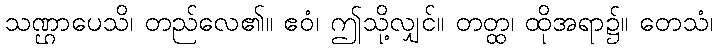
သဏ္ဌာပေသိ၊ တည်လေ၏။ ဧဝံ၊ ဤသို့လျှင်။ တတ္ထ၊ ထိုအရာ၌။ တေသံ၊